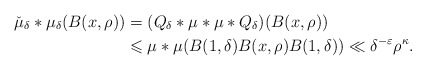
\begin{align*} \check{\mu}_{\delta}*\mu_{\delta}(B(x,\rho))&=(Q_{\delta}*\mu*\mu*Q_{\delta})(B(x,\rho))\\&\leqslant \mu*\mu(B(1,\delta)B(x,\rho)B(1,\delta))\ll\delta^{-\varepsilon}\rho^{\kappa}.\end{align*}